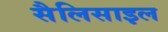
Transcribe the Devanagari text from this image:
सैलिसाइल